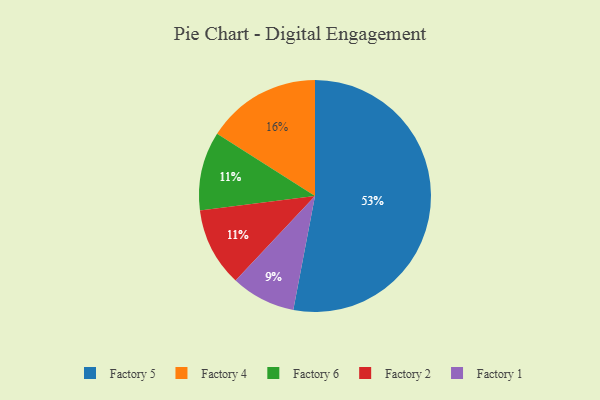
{"axis": {"x": "Category", "y": "Percentage"}, "legend": ["Factory 1", "Factory 2", "Factory 4", "Factory 5", "Factory 6"], "data": [{"x": "Factory 6", "y": 11, "type": "Factory 6"}, {"x": "Factory 5", "y": 53, "type": "Factory 5"}, {"x": "Factory 4", "y": 16, "type": "Factory 4"}, {"x": "Factory 1", "y": 9, "type": "Factory 1"}, {"x": "Factory 2", "y": 11, "type": "Factory 2"}]}